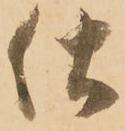
仕